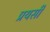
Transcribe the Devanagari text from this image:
प्रयसी